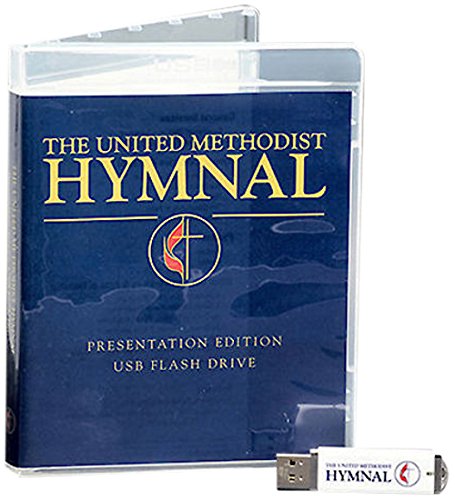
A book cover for The United Methodist Hymnal Presentation Edition; UMPH Methodist Publication; Christian Books & Bibles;